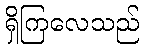
ရှိကြလေသည်